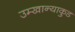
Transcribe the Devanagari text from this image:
उम्खान्याकुड